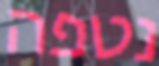
נטפה